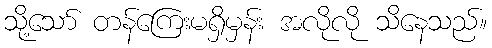
သို့သော် တန်ကြေးမရှိမှန်း အလိုလို သိနေသည်။